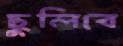
ছুলিবে